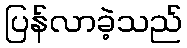
ပြန်လာခဲ့သည်